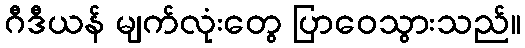
ဂီဒီယန် မျက်လုံးတွေ ပြာဝေသွားသည်။